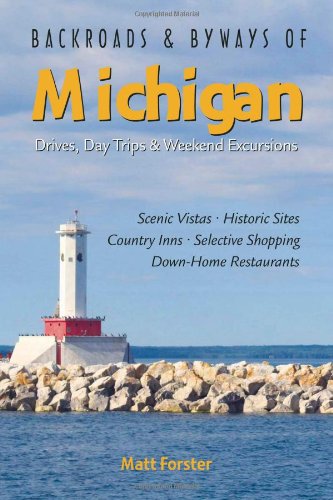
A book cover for Backroads & Byways of Michigan: Drives, Day Trips & Weekend Excursions (Backroads & Byways); Matt Forster; Travel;